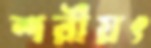
শরীয়ৎ